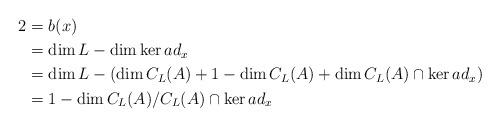
LaTeX: \begin{align*}2&=b(x)\cr&=\dim L-\dim \ker ad_{x}\cr& =\dim L-(\dim C_{L}(A)+1-\dim C_{L}(A)+\dim C_{L}(A)\cap \ker ad_{x})\cr&=1-\dim C_{L}(A)/C_{L}(A) \cap \ker ad_{x}\end{align*}